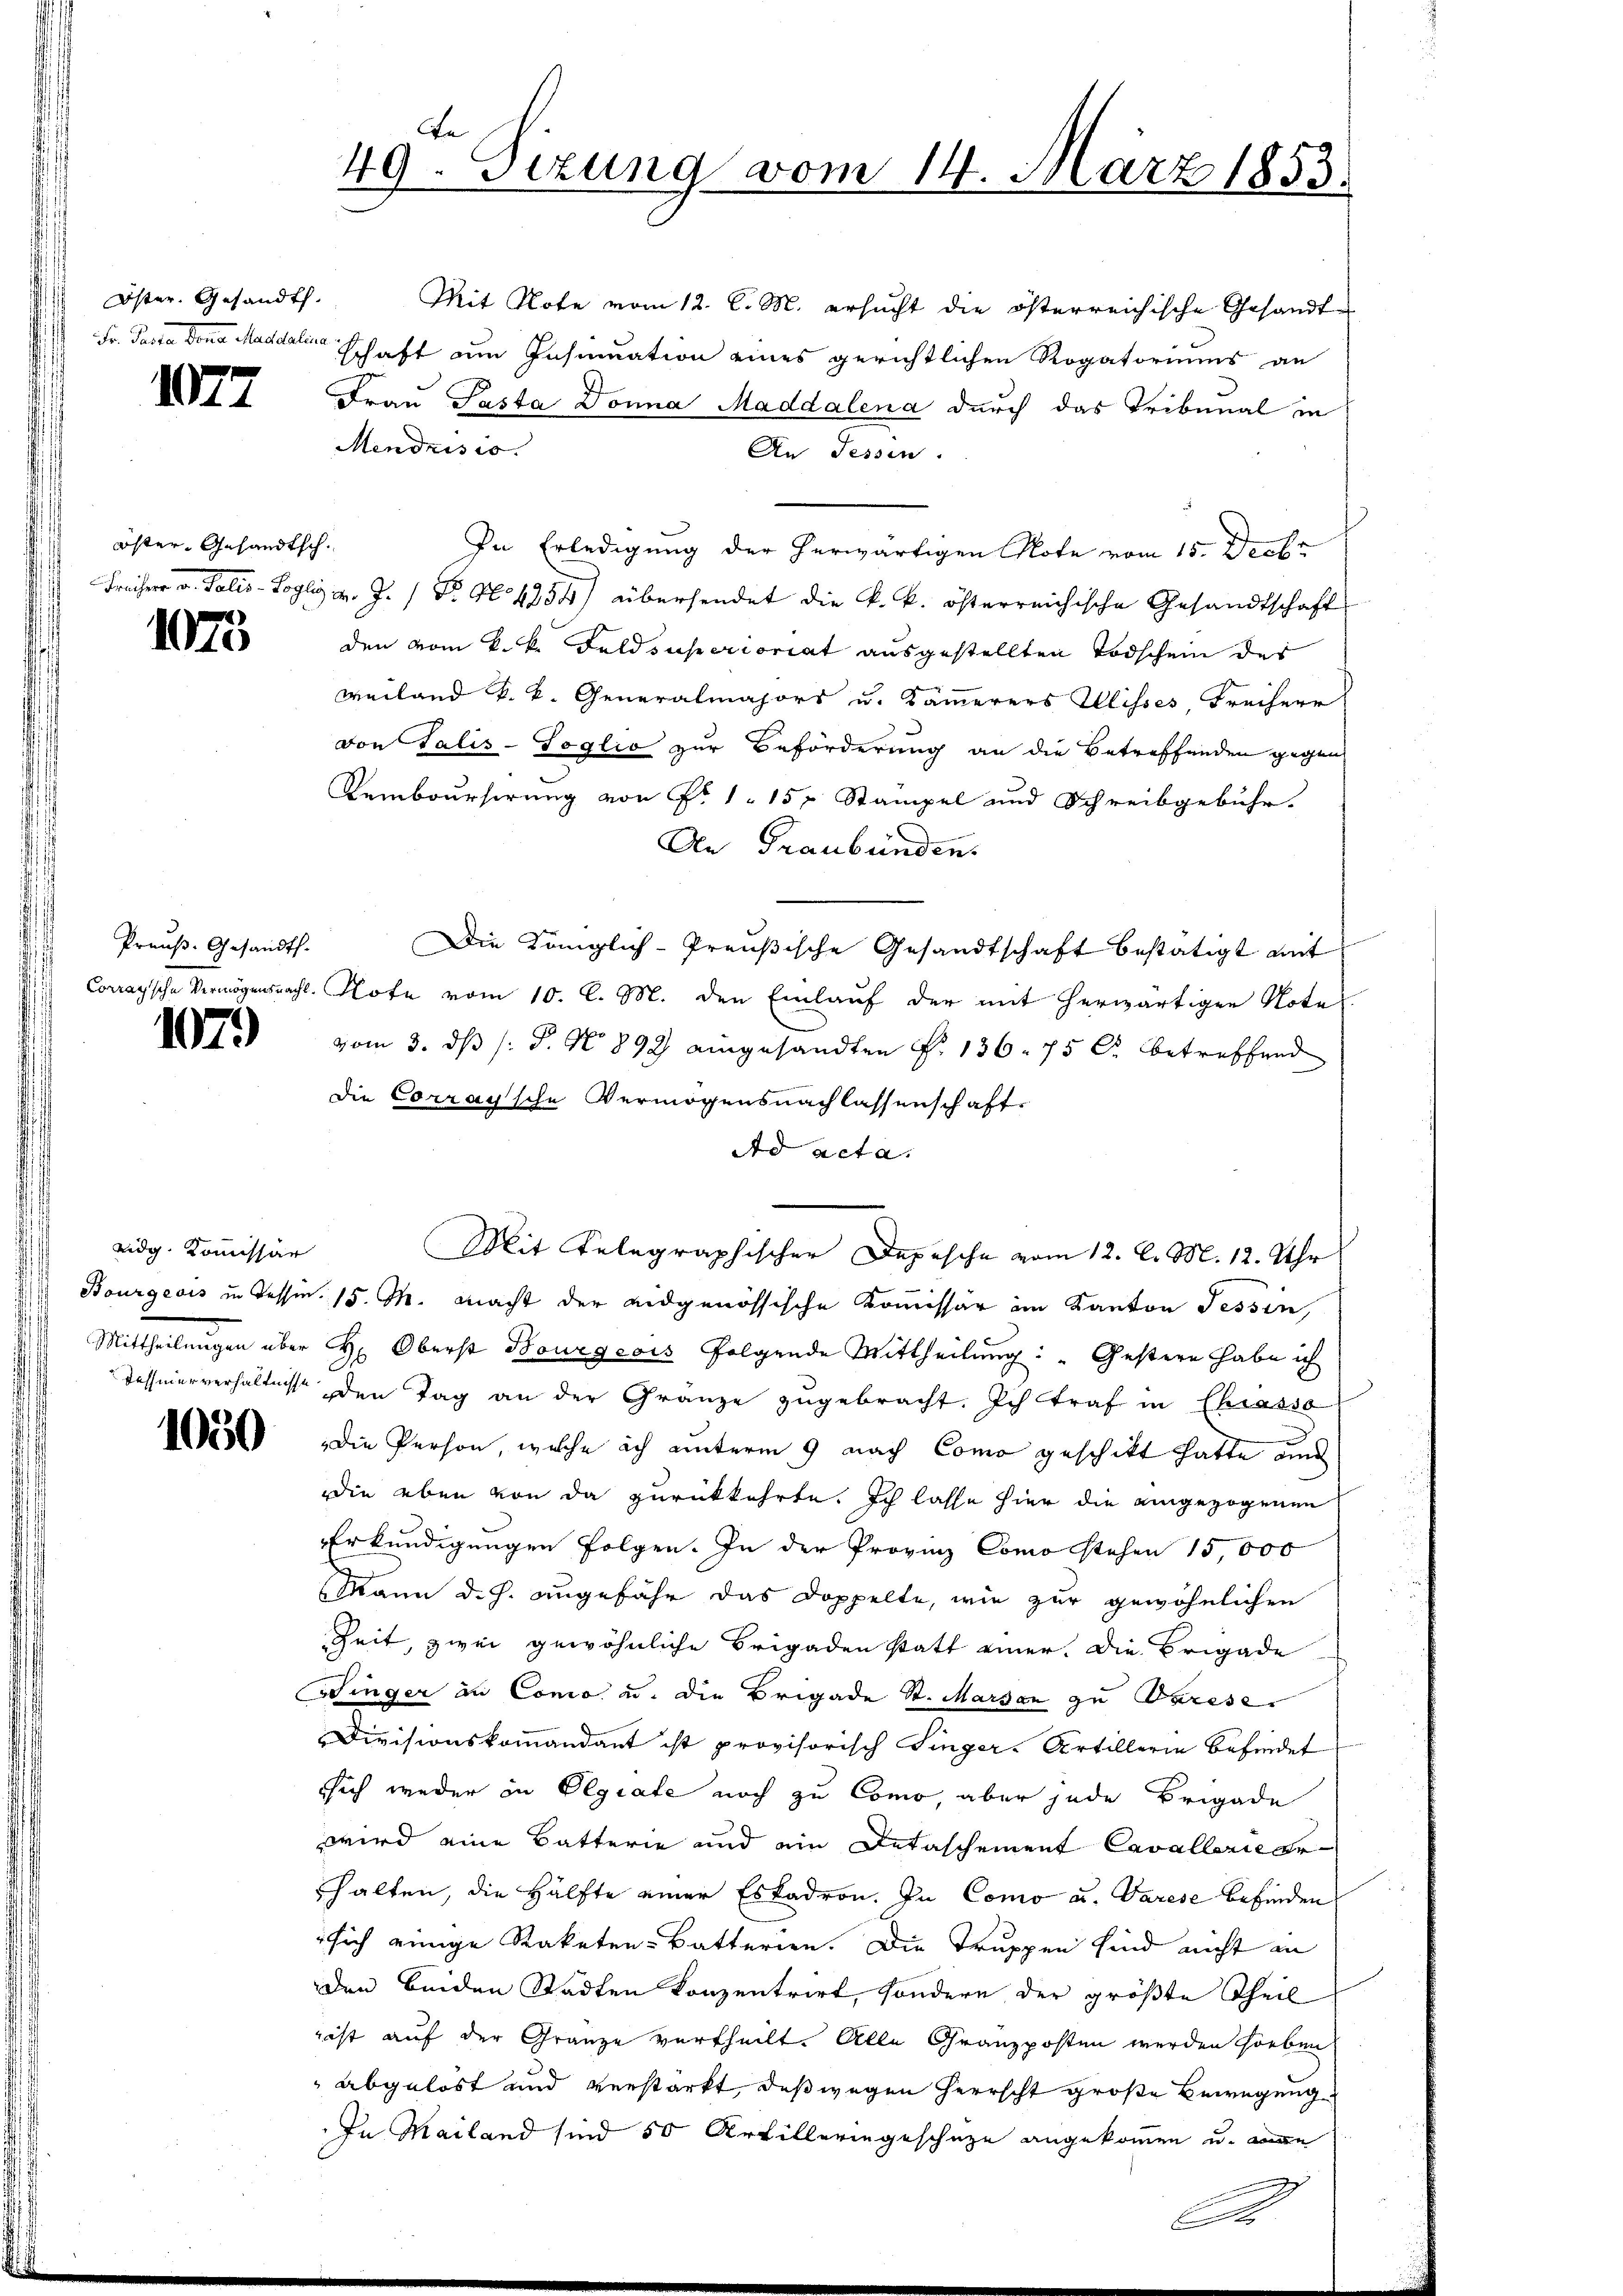
Öster. Gesandt.

1077

öster- Gesandtsch.

1073

Preuß. Gesandth.

1079

eidg. Kommissär

1050

Mit Note vom 12. l. M. ersucht die österreichische Gesandt
Fr. Pasta dona Maddali schaft am Insinuation eines gerichtlichen Rogatoriums an
Frau Pasta Donna Maddalena durch das Tribunal in
Mendrisio.
An Tessin.
In Erledigung der herwärtigen Note vom 15. Decbr
Freiherr v. Salis-Sogli v. J. 1 Fr. No 4254) übersendet die k. k. österreichische Gesandtschaft
den vom k. k. Feldsuperioriat ausgestellten Todschein des
Weiland k. k. Generalmajors u. Kämerers Illisses, Freiherr
von Talis-Soglio zur Beförderung an die Betreffenden gegen
Rembourserung von Fr. 115, Stampel und Schreibgebühr.
An Graubünden.
Die Königlich-Preußische Gesandtschaft bestätigt mit
Corragsche Vermögensnacht. Note vom 10. l. M. den Einlauf der mit herwärtigen Nota
vom 3. dβ (: P. N. 892 eingesandten F. 136. 75 C. betreffend
die Corraysche Vermögensnachlassenschaft
Ad acta.
Bourgeois in Tessin. 15. M. macht der eidgenössische Kommissär im Kanton Tessin,
Mittheilungen über H. Oberst Bourgeois folgende Mittheilung: „Gestern habe ich
Tessiner verhältnisse den Tag an der Gränze zugebracht. Ich traf in Chiasso
Die Person, welche ich unterm 9 nach Como geschickt hatte und
die eben von da zurückkehrte. Ich lasse hier die eingezogenen
Erkundigungen folgen. In der Provinz Como stehen 15,000
Mann d. J. angefähr das Doppelte, wie zur gewöhnlichen
Zeit, zwei gewöhnliche Brigaden statt einer. Die Brigade
Winger an Conco u. die Brigade St. Marsen zu Varese
Divisionskommandant ist provisorisch Singer-Artillerin befindet
sich weder in Olgiate noch zu Como, aber jede Brigade
wird eine Batterie und ein Detaschement Cavallerie gehalten, die Hälfte einer Eskadron. In Como u. Varese befinden
sich einige Staketen-Batterien. Die Truppen sind nicht an
den beiden Stadten Konzentrirt, sondern der größte Theil
rist auf der Gränze vertheilt. Alle Granzposten werden soeben
 abgelöst und verstärkt, daß wegen Herrscht große Bewegung
In Mailand sind 50 Artilleringeschütze angekommen u. wen
2

Be
49. Sizung vom 14. März 1853.

Mit Telegraphischer Depesche vom 12. d. M. 12. Uhr

e